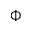
\Phi